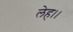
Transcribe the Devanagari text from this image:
लेह।।